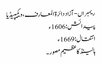
ریمبراں - آزاد دائرۃ المعارف، ویکیپیڈیا
پیدائش: 1606ء
انتقال: 1669ء
ہالینڈ کا عظیم مصور ۔